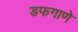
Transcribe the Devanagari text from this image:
डफगाणे